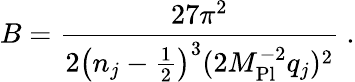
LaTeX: B=\frac{27\pi^{2}}{2\left(n_{j}-\frac{1}{2}\right)^{3}(2M_{\mathrm{Pl}}^{-2}q_{j})^{2}}\ .